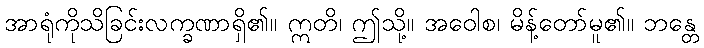
အာရုံကိုသိခြင်းလက္ခဏာရှိ၏။ ဣတိ၊ ဤသို့။ အဝေါစ၊ မိန့်တော်မူ၏။ ဘန္တေ